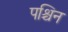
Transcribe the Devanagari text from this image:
पश्चिन